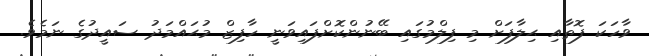
ވާހަަކަ ފޮތާއި ޙިލާފަށް މި ފިލްމުގައި ބޭނުންކޮށްފައިވަނީ ހާފިޒް މުޙައްމަދު ސައީދުގެ ނަމެވެ.